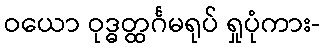
ဝယော ဝုဒ္ဓတ္ထင်္ဂမရုပ် ရှုပုံကား-